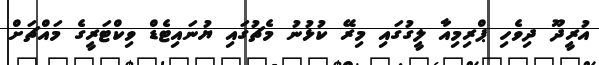
އުރީދޫ ދިވެހި ޕްރިމިއާ ލީގުގައި މިރޭ ކުޅުނު މެޗުގައި ޔުނައިޓެޑް ވިކްޓަރީގެ މައްޗަށް